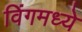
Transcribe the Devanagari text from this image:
विंगमध्ये